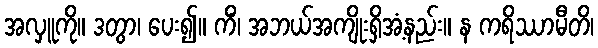
အလှူကို။ ဒတွာ၊ ပေး၍။ ကိံ၊ အဘယ်အကျိုးရှိအံ့နည်း။ န ကရိဿာမီတိ၊